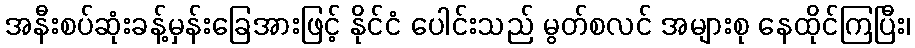
အနီးစပ်ဆုံးခန့်မှန်းခြေအားဖြင့် နိုင်ငံ ပေါင်းသည် မွတ်စလင် အများစု နေထိုင်ကြပြီး၊